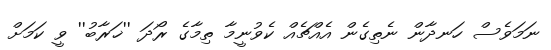
ނަމަވެސް ހަނދާން ނެތިގެން އެއްޗެއް ކެވުނީމާ ތިމާގެ ރޯދަ ''ޚަރާބު'' ވީ ކަމަށް